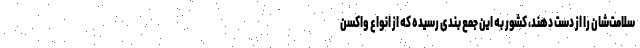
سلامت‌شان را از دست دهند، کشور به این جمع بندی رسیده که از انواع واکسن